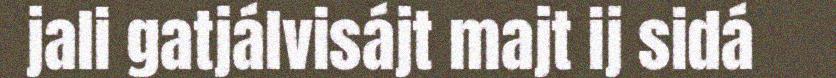
jali gatjálvisájt majt ij sidá